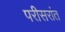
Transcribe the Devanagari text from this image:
परीसरांत